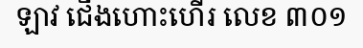
ឡាវ ជើងហោះហើរ លេខ ៣០១